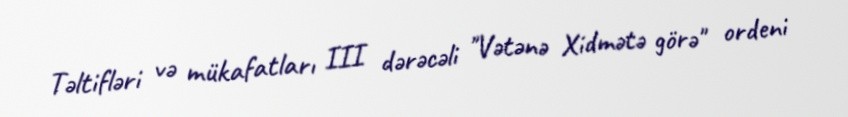
Təltifləri və mükafatları III dərəcəli "Vətənə Xidmətə görə" ordeni